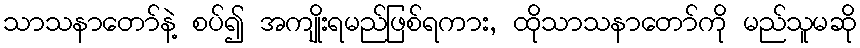
သာသနာတော်နဲ့ စပ်၍ အကျိုးရမည်ဖြစ်ရကား, ထိုသာသနာတော်ကို မည်သူမဆို